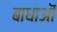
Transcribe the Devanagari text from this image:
बाधाऒं